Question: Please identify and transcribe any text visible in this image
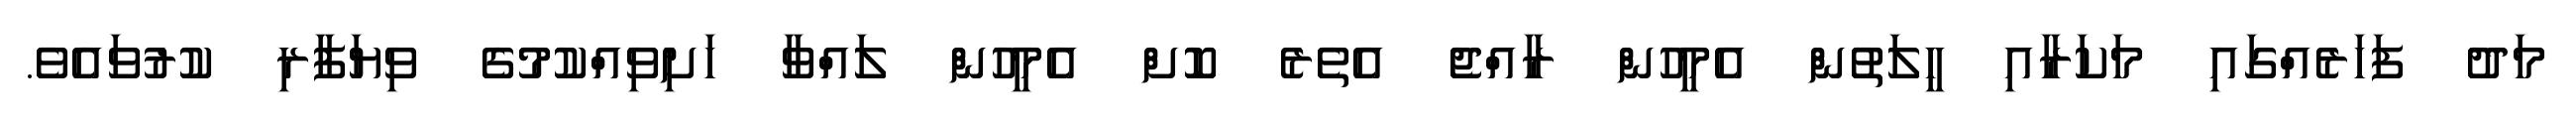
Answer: މަދު ފަހަރެއްގައި މަކަރާއި ހީލަތުން އެމީހުން ރާއްޖެ އެތެރެ ކޮށް އެމީހުން ލައްވާ ހަށިވިއްކުމުގެ ވިޔަފާރި ކުރުވައެވެ.